Leaving Certificate Examination, 1920
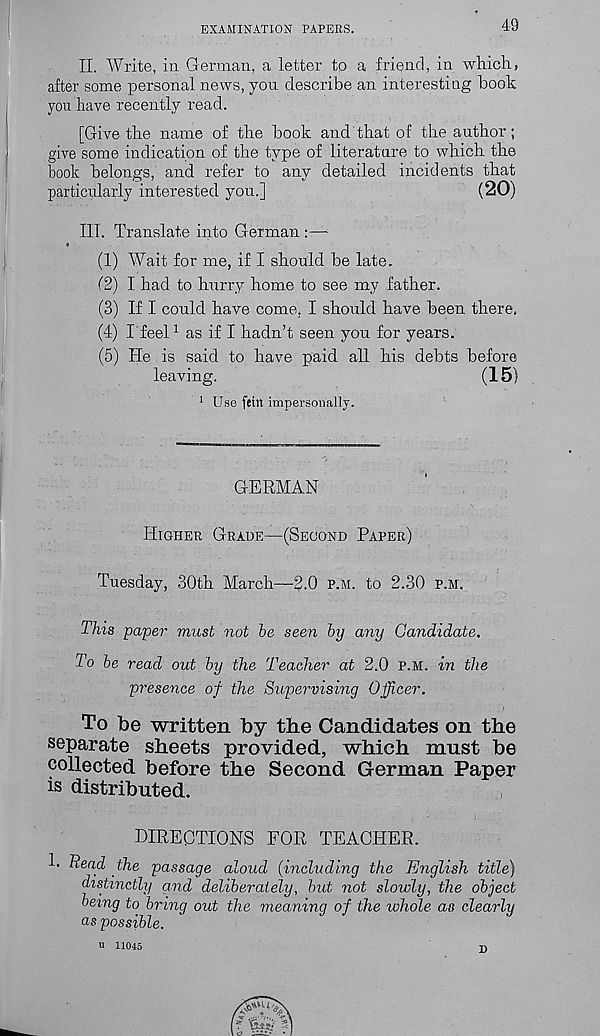
EXAMINATION PAPERS.
49
II. Write, in German, a letter to a friend, in which,
after some personal news, you describe an interesting book
you have recently read.
[Give the name of the book and that of the author;
give some indication of the type of literature to which the
book belongs, and refer to any detailed incidents that
particularly interested you.]
(20)
III. Translate into German :—
*
■
(1) Wait for me, if I should be late.
(2) I had to hurry home to see my father.
(3) If I could have come, I should have been there,
(4) I feel 1 as if I hadn’t seen you for years.
(5) He is said to have paid all his debts before
leaving.
(15)
1 Use fettt impersonally.
GERMAN
Higher Grade—(Second Paper)
Tuesday, 30th March—2.0 p.m. to 2.30 p.m.
This paper must not be seen by any Candidate.
To be read out by the Teacher at 2.0 p.m. in the
presence of the Supervising Officer.
To be written by the Candidates on the
separate sheets provided, which must be
collected before the Second German Paper
is distributed.
DIRECTIONS FOR TEACHER.
1. Bead the passage aloud (including the English title)
distinctly and deliberately, but not slowly, the object
being to bring out the meaning of the whole as clearly
as possible.
u 11045
D